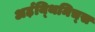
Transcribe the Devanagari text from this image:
अर्ढ़य्थिमिच्स